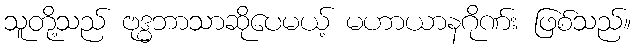
သူတို့သည် ဗုဒ္ဓဘာသာဆိုပေမယ့် မဟာယာနဂိုဏ်း ဖြစ်သည်။